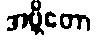
အဗ္ဘိတော